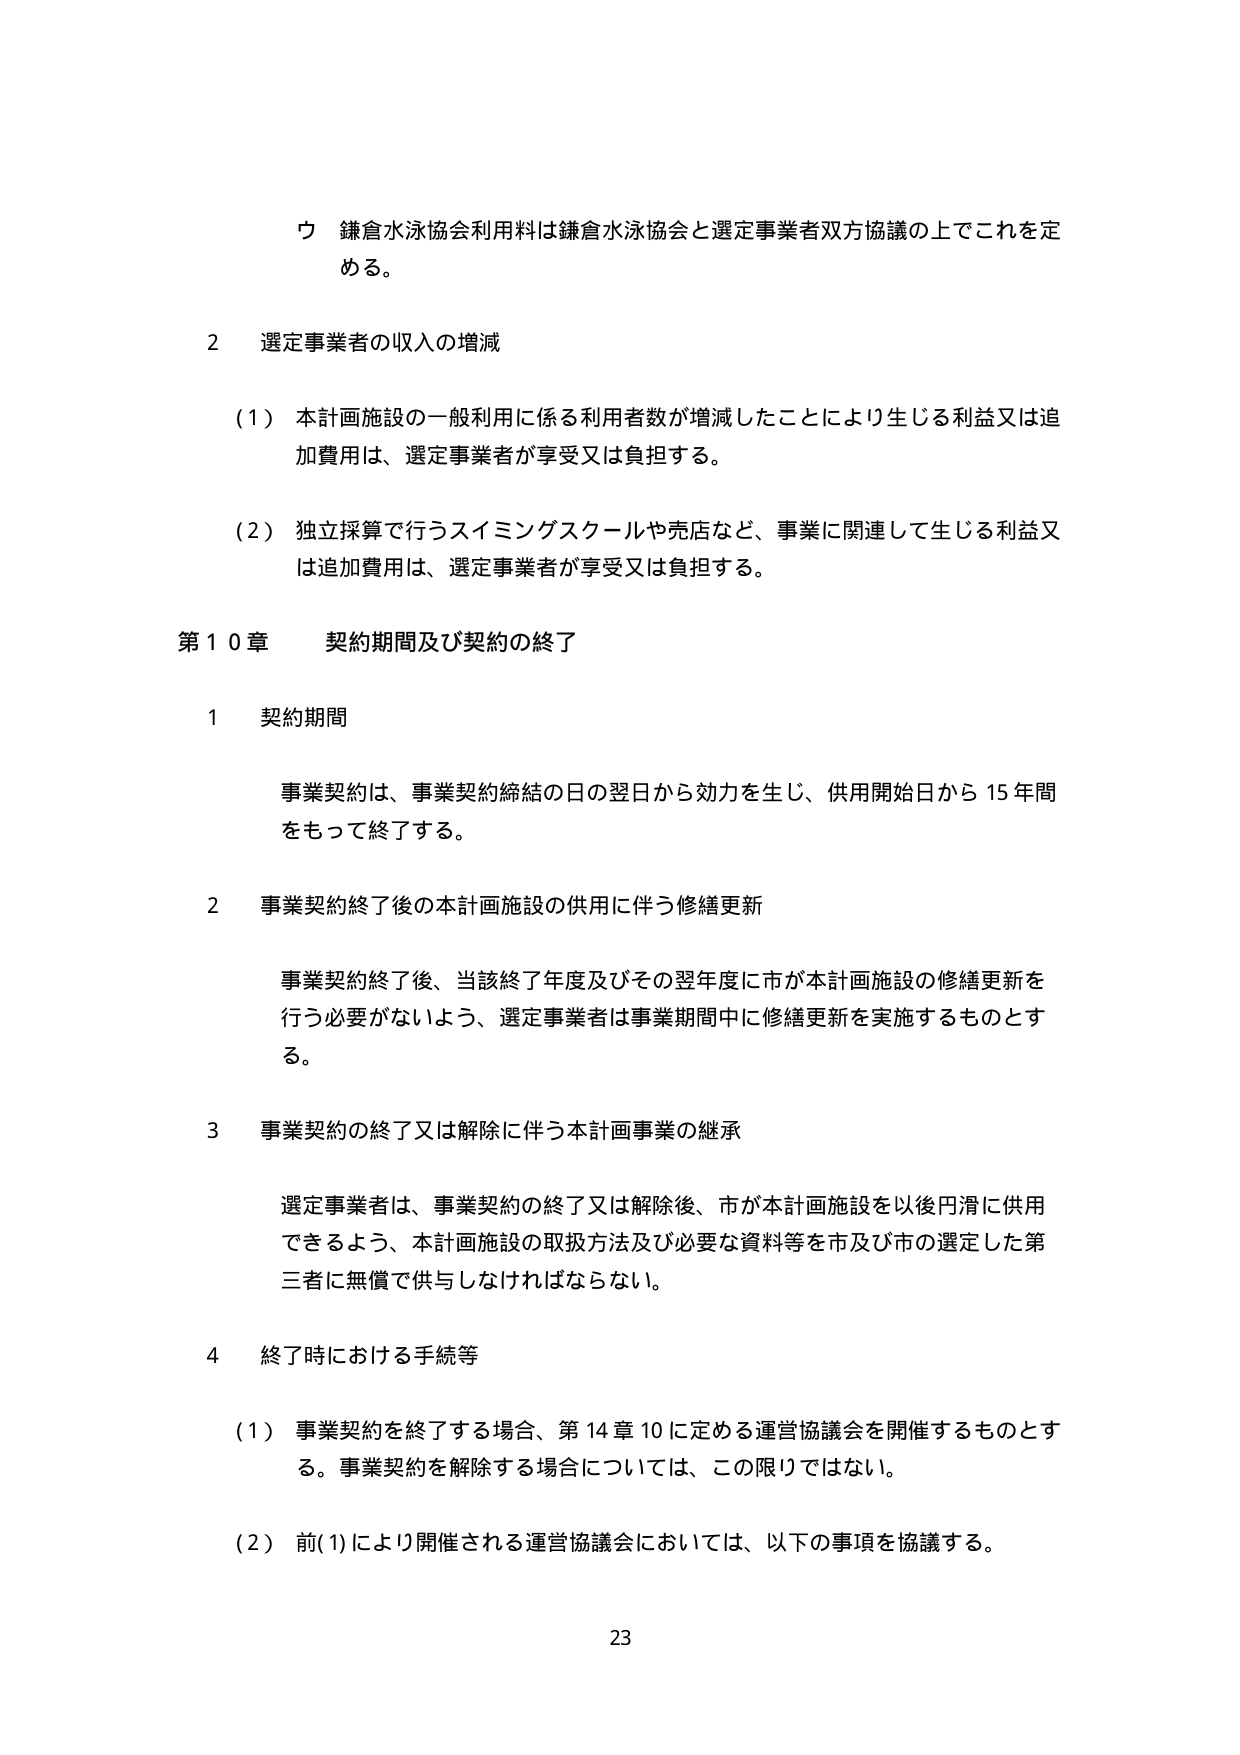
ウ 鎌倉水泳協会利用料は鎌倉水泳協会と選定事業者双方協議の上でこれを定める。

2 選定事業者の収入の増減

（1）本計画施設の一般利用に係る利用者数が増減したことにより生じる利益又は追加費用は、選定事業者が享受又は負担する。

（2）独立採算で行うスイミングスクールや売店など、事業に関連して生じる利益又は追加費用は、選定事業者が享受又は負担する。

第10章 契約期間及び契約の終了

1 契約期間

事業契約は、事業契約締結の日の翌日から効力を生じ、供用開始日から15年間をもって終了する。

2 事業契約終了後の本計画施設の供用に伴う修繕更新

事業契約終了後、当該終了年度及びその翌年度に市が本計画施設の修繕更新を行う必要がないよう、選定事業者は事業期間中に修繕更新を実施するものとする。

3 事業契約の終了又は解除に伴う本計画事業の継承

選定事業者は、事業契約の終了又は解除後、市が本計画施設を以後円滑に供用できるよう、本計画施設の取扱方法及び必要な資料等を市及び市の選定した第三者に無償で供与しなければならない。

4 終了時における手続等

（1）事業契約を終了する場合、第14章10に定める運営協議会を開催するものとする。事業契約を解除する場合については、この限りではない。

（2）前（1）により開催される運営協議会においては、以下の事項を協議する。

23